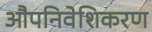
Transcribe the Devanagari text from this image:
औपनिवेशिकरण